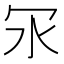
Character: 𠕽